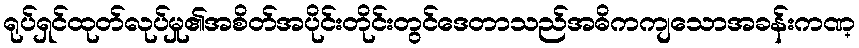
ရုပ်ရှင်ထုတ်လုပ်မှု၏အစိတ်အပိုင်းတိုင်းတွင်ဒေတာသည်အဓိကကျသောအခန်းကဏ္